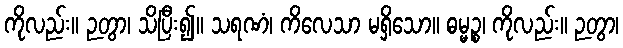
ကိုလည်း။ ဉတွာ၊ သိပြီး၍။ သရဏံ၊ ကိလေသာ မရှိသော။ ဓမ္မဉ္စ၊ ကိုလည်း။ ဉတွာ၊